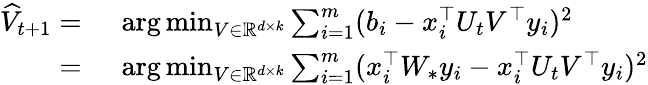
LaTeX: \begin{array}{rl}{\widehat{V}_{t+1}=}&{~\arg\operatorname*{min}_{V\in\mathbb{R}^{d\times k}}\sum_{i=1}^{m}(b_{i}-x_{i}^{\top}U_{t}V^{\top}y_{i})^{2}}\\ {=}&{~\arg\operatorname*{min}_{V\in\mathbb{R}^{d\times k}}\sum_{i=1}^{m}(x_{i}^{\top}W_{*}y_{i}-x_{i}^{\top}U_{t}V^{\top}y_{i})^{2}}\end{array}